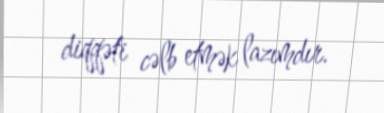
diqqəti cəlb etmək lazımdır.